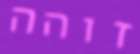
זוהה